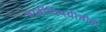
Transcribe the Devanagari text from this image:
बाबींविषयीचीही